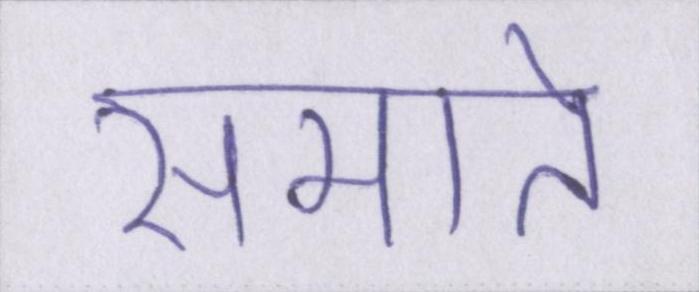
समाते